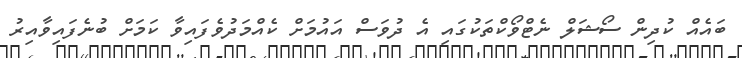
ބައެއް ކުދިން ސޯޝަލް ނެޓްވޯކްތަކުގައި އެ ދުވަސް އައުމަށް ކެއްމަދުވެފައިވާ ކަމަށް ބުނެފައިވާއިރު